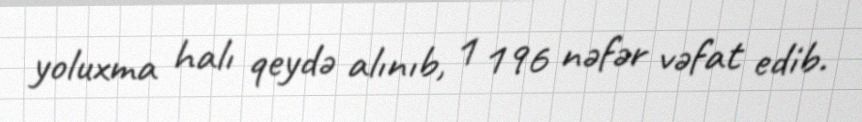
yoluxma halı qeydə alınıb, 1 196 nəfər vəfat edib.